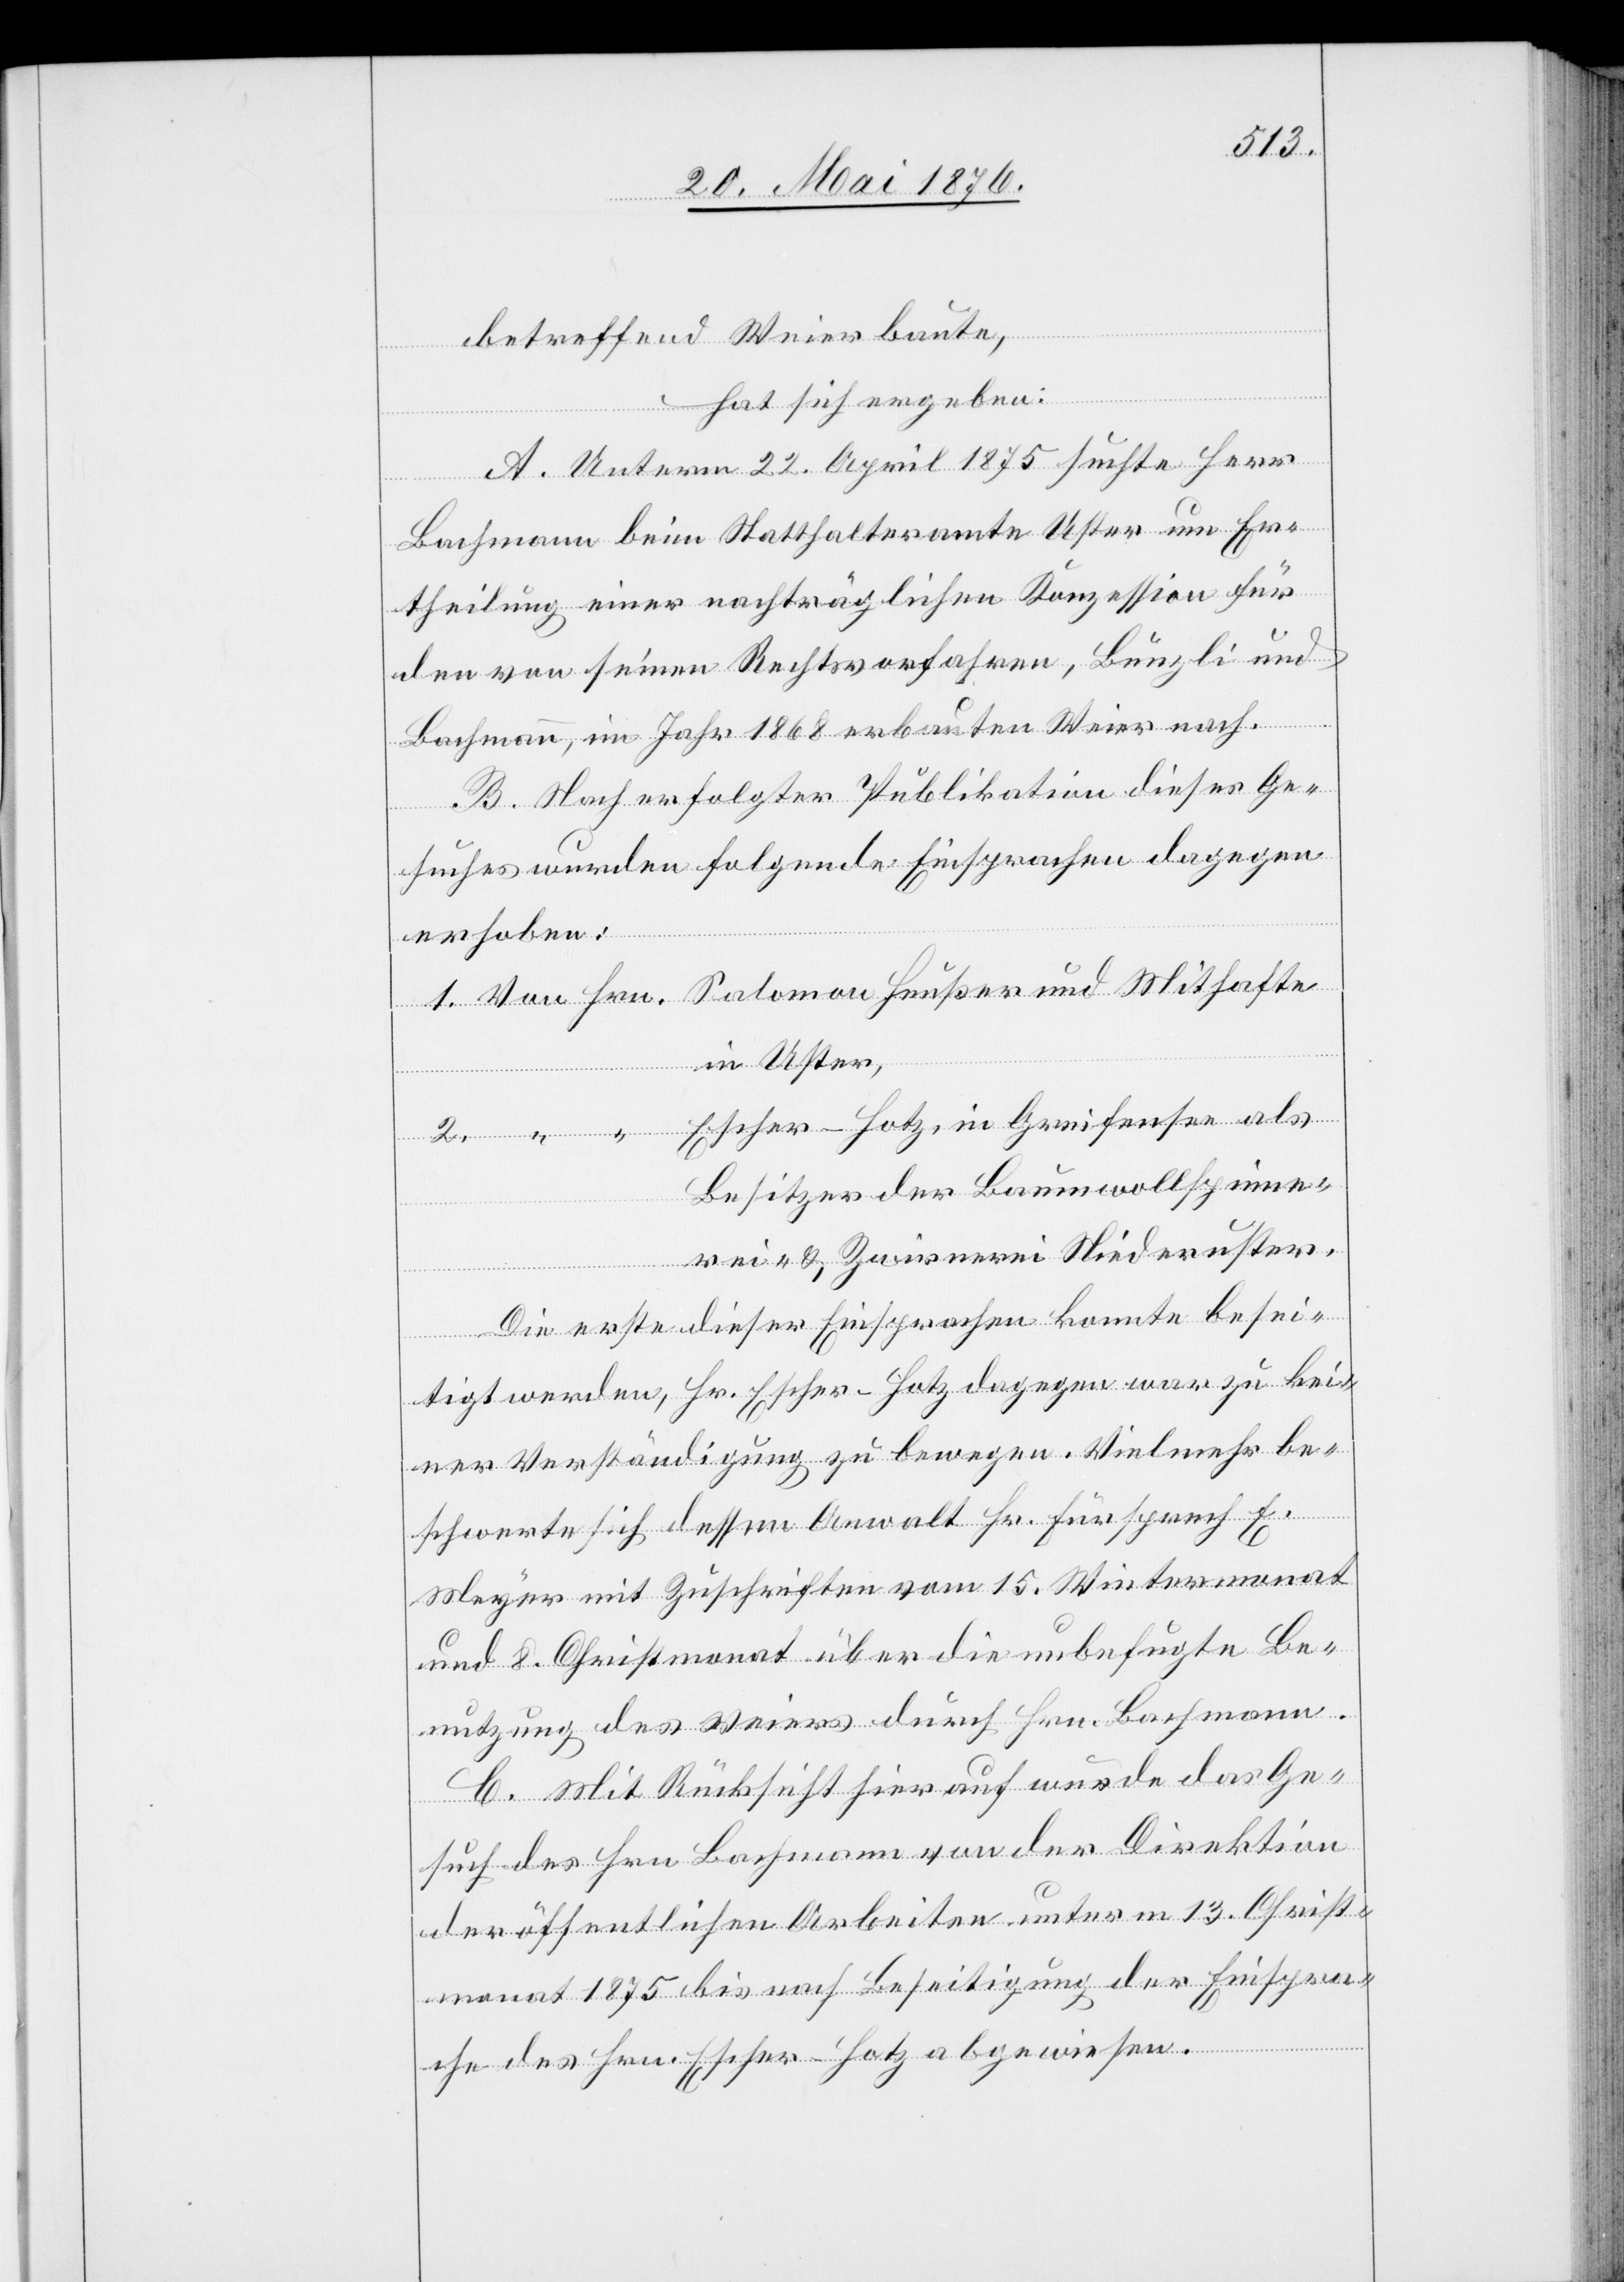
betreffend Weierbaute,
hat sich ergeben:
A. Unterm 22. April 1875 suchte Herr
Bachmann beim Statthalteramte Uster um Er¬
theilung einer nachträglichen Konzession für
den von seinen Rechtsvorfahren, Bünzli und
Heußer
Bachmann, im Jahr 1868 erbauten Weier nach.
B. Nach erfolgter Publikation dieses Ge¬
2.
suches wurden folgende Einsprachen dagegen
erhoben:
in Uster,
Escher-Hotz, in Greifensee als
Besitzer der Baumwollspinne¬
rei- & Zwirnerei Niederuster.
Hrn.
Die erste dieser Einsprachen konnte besei¬
tigt werden, Hr. Escher-Hotz dagegen war zu kei¬
ner Verständigung zu bewegen. Vielmehr be¬
schwerte sich dessen Anwalt Hr. Fürsprech R.
Meyer mit Zuschriften vom 15. Wintermonat
und 8. Christmonat über die unbefugte Be¬
nutzung des Weiers durch Hrn. Bachmann.
C. Mit Rücksicht hierauf wurde das Ge¬
such des Hrn. Bachmann von der Direktion
der öffentlichen Arbeiten unterm 13. Christ¬
monat 1875 bis auf Beseitigung der Einspra¬
und
che des Hrn. Escher-Hotz abgewiesen.